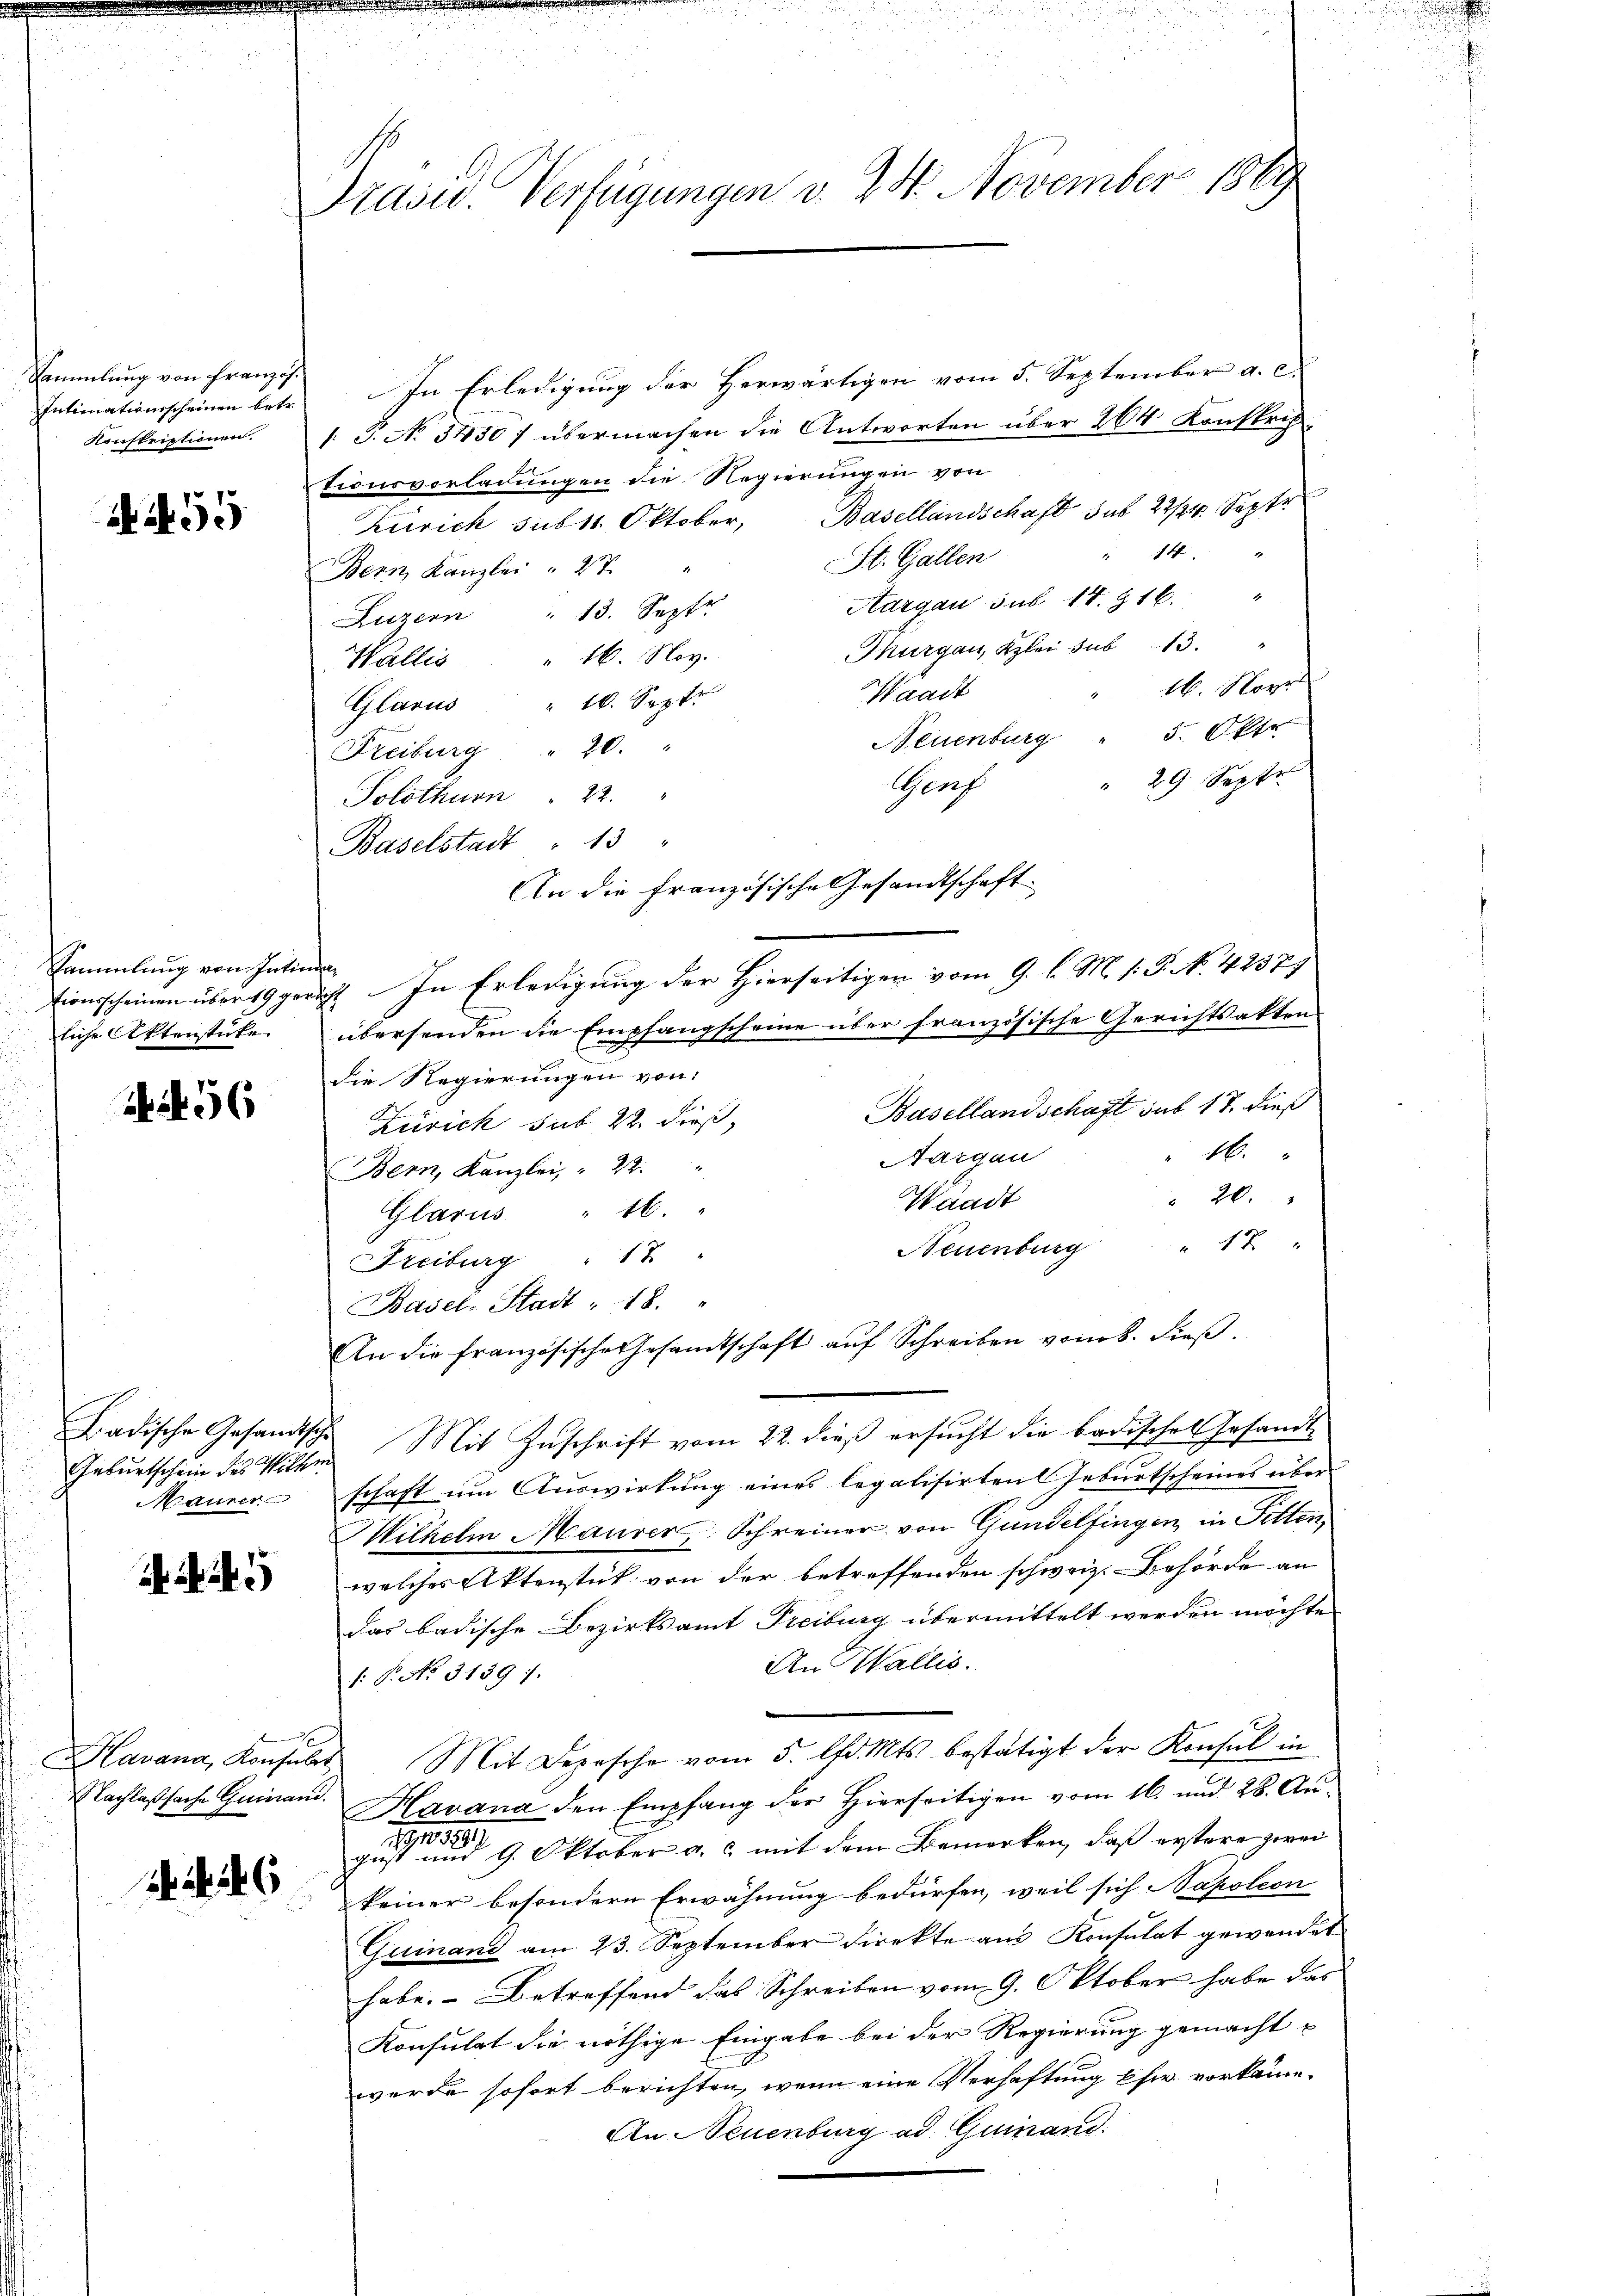
Sammlung von Französ.
Intimationsscheinen betr.
Konskriptionen.

55

Sammlung von Intimen
liche Aktenstücke.

56

Geburtschein des Wiltern
Maurer

25

Präsid. Verfügungen v. 24. November 1889

In Erledigung der Herwärtigen vom 5. September a. c.
1. P. No 3450 f übermachen die Antworten über 264 Konskrip
tionsvorladungen die Regierungen von
Zürich sub 11. Oktober, Basellandschaft sub 22/4 Septe
" 14. 4
St. Gallen
Bern Kanzlei " 27. "
Aargau sub 14. 16. "
Luzern " 13. Septe
Thurgau, Kzlei sub 13.
Wallis 16. Nov.
16. Nove
Waadt
Glarus " 10. Sept
Neuenburg " 5. Okto
Freiburg " 20.
" 29 Septe
Gruf
Solothurn " 22.
Baselstadt " 13 "
tionsscheinen über 19 gericht. In Erledigung der Hierseitigen vom 9. l. M. 1: P. N. 42377
übersenden die Empfangscheine über französische Gerichtsakten.
die Regierungen von:
Basellandschaft auf 17. dieß
Zürich sub 22. dieß,
16.
Aargau
Bern, Kanzlei, " 22.
 20.
Waadt
Glarus " 16.
Neuenburg " 17
Freiburg " 17 "
Basel-Stadt - 18. "
An die französische Gesamtschaft aŭf Schreiben vom 8. dieβ.
Hradische Gesandtsche Mit Zuschrift vom 22. dieß ersucht die badisches Gesandte
schaft um Auswirkung eines legalisirten Geburtscheines über
Wilhelm Maurer, Schreiner von Gundelfingen in Fetten,
welches Aktenstück von der betreffenden schweiz. Behörde an
das badische Bezirksamt Freiburg übermittelt werden möchte.
An Wallis.
1: P. No. 31397.
Havana, Konsuls Mit Depesche vom 5. d. Mts. bestätigt der Konsul in
Nachlaßsache Guinand. Havana den Empfang der Hierseitigen vom 16. und 28. Augeistete einen und 9. Oktober a. & mit dem Bemerken, daß erstere zwei
keiner besondern Erwähnung bedürfen, weil sich Napoleon
Gueinand am 23. September direkte aus Konsulat gewendet
habe. – Betreffend das Schreiben vom 9. Oktober habe das
Konsulat die nöthige Eingabe bei der Regierung gemacht
werde sofort berichten, wenn eine Verhaftung Ehe vorkäme.
An Neuenburg ad Quinand

An die Französische Gesandtschaft.